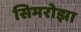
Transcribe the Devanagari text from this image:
सिमरोझा